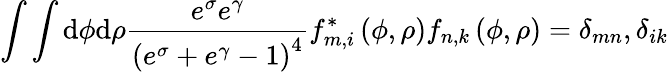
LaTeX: \int\int\mathrm{d}\phi\mathrm{d}\rho\frac{e^{\sigma}e^{\gamma}}{\left(e^{\sigma}+e^{\gamma}-1\right)^{4}}f_{m,i}^{\ast}\left(\phi,\rho\right)f_{n,k}\left(\phi,\rho\right)=\delta_{mn},\delta_{ik}